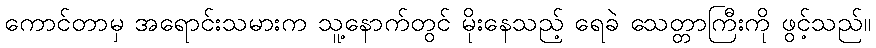
ကောင်တာမှ အရောင်းသမားက သူ့နောက်တွင် မိုးနေသည့် ရေခဲ သေတ္တာကြီးကို ဖွင့်သည်။